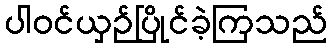
ပါဝင်ယှဉ်ပြိုင်ခဲ့ကြသည်